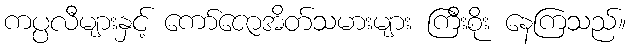
ကပ္ပလီများနှင့် ကော်ဇောအိတ်သမားများ ကြီးစိုး နေကြသည်။